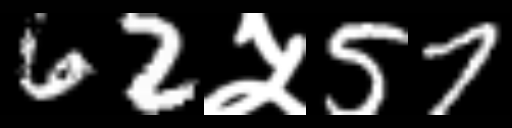
Text: 62५57